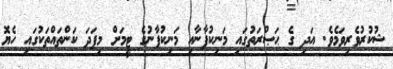
ޝުކުރުވެރިވަމެވެ. އަދި ގެ ޙަޞްރަތުގައި މަނިކުފާނާއި މަނިކުފާނުގެ ޓީމަށް މިފަދަ ކަންތައްތަކުގައި ހެޔޮ